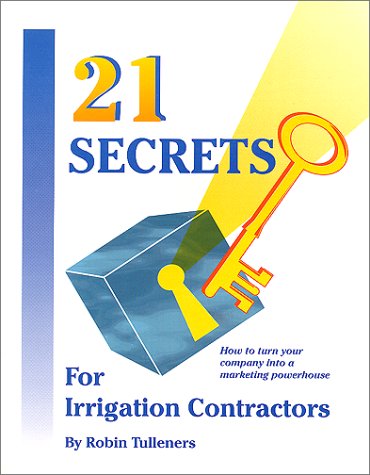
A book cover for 21 Secrets For Irrigation Contractors; Robin Tulleners; Science & Math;